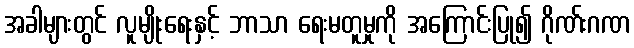
အခါများတွင် လူမျိုးရေးနှင့် ဘာသာ ရေးမတူမှုကို အကြောင်းပြု၍ ဂိုဏ်းဂဏ